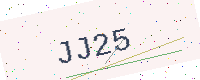
Text: JJ25